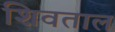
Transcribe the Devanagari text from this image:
शिवताल